Vital statistics of India. Vol. V, Reports of 1876 on armies & jails and on epidemic cholera
Year: 1876
Disease focus: Cholera
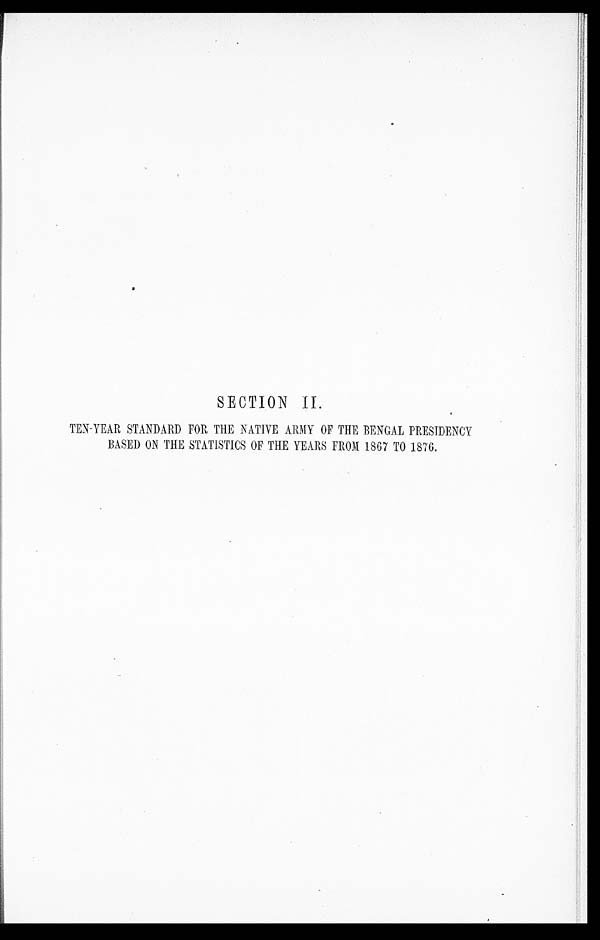
SECTION II.
TEN-YEAR STANDARD FOR THE NATIVE ARMY OF THE BENGAL PRESIDENCY
BASED ON THE STATISTICS OF THE YEARS FROM 1867 TO 1876.